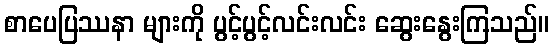
စာပေပြဿနာ များကို ပွင့်ပွင့်လင်းလင်း ဆွေးနွေးကြသည်။